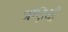
ઋણથી